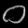
Digit: ၀